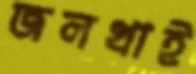
জলখাই